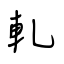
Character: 軋